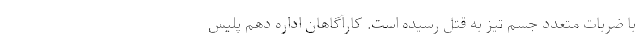
با ضربات متعدد جسم تیز به قتل رسیده است. کارآگاهان اداره دهم پلیس